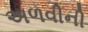
અળવીની